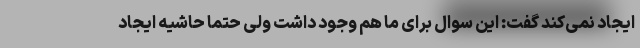
ایجاد نمی‌کند گفت: این سوال برای ما هم وجود داشت ولی حتما حاشیه ایجاد